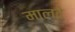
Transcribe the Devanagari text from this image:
मालदे